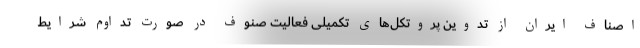
اصناف ایران از تدوین پروتکل‌های تکمیلی فعالیت صنوف در صورت تداوم شرایط